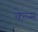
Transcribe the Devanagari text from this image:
व्हेल्न्स